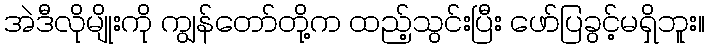
အဲဒီလိုမျိုးကို ကျွန်တော်တို့က ထည့်သွင်းပြီး ဖော်ပြခွင့်မရှိဘူး။